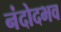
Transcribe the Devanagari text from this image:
नंदोदभव